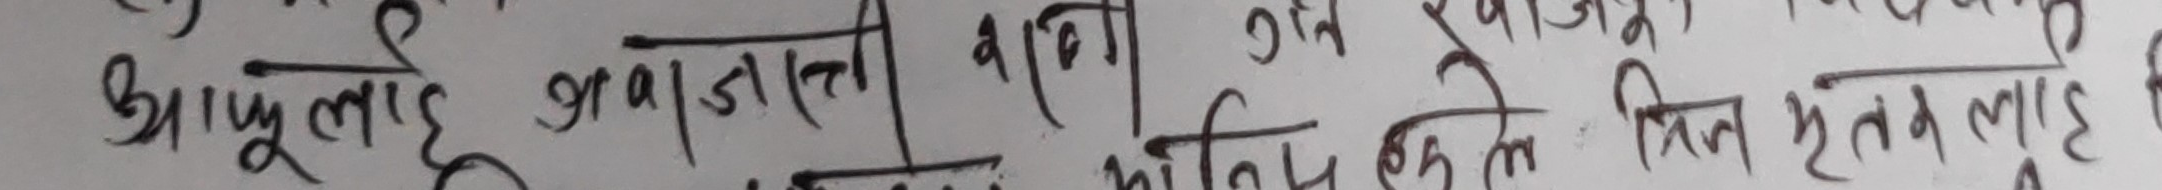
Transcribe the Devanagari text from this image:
झापुलाई झगडाती आणि असे किती महत्व लाई